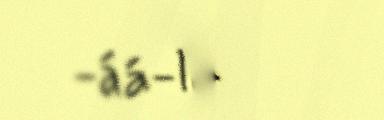
-áá-ldu ->